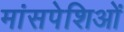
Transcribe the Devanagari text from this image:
मांसपेशिओं